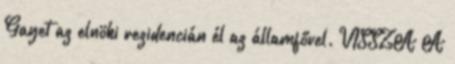
Gayet az elnöki rezidencián él az államfővel. VISSZA A